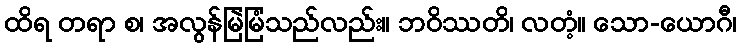
ထိရ တရာ စ၊ အလွန်မြဲမြံသည်လည်း။ ဘဝိဿတိ၊ လတံ့။ သော-ယောဂီ၊